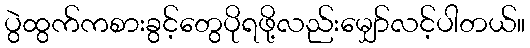
ပွဲထွက်ကစားခွင့်တွေပိုရဖို့လည်းမျှော်လင့်ပါတယ်။